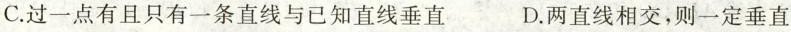
C.过一点有且只有一条直线与已知直线垂直 D.两直线相交，则一定垂直